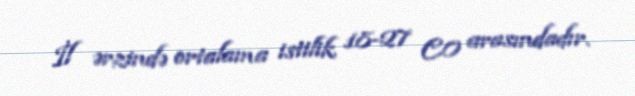
İl ərzində ortalama istilik 18-27 C0 arasındadır.